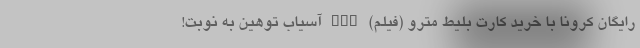
رایگان کرونا با خرید کارت بلیط مترو (فیلم) nan آسیاب توهین به نوبت!